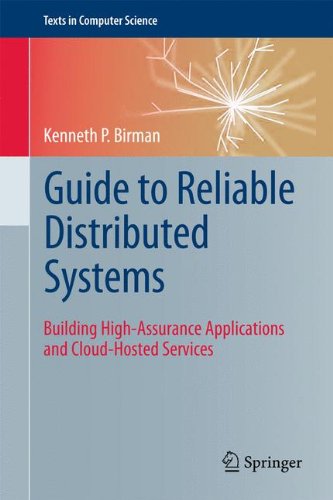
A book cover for Guide to Reliable Distributed Systems: Building High-Assurance Applications and Cloud-Hosted Services (Texts in Computer Science); Kenneth P Birman; Computers & Technology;